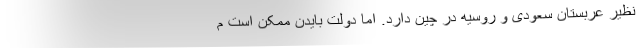
نظیر عربستان سعودی و روسیه در چین دارد. اما دولت بایدن ممکن است م